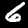
Digit: 6